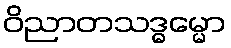
ဝိညာတသဒ္ဓမ္မော